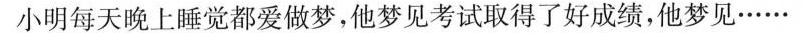
小明每天晚上睡觉都爱做梦，他梦见考试取得了好成绩，他梦见……